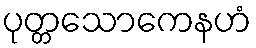
ပုတ္တသောကေနဟံ